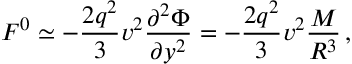
F ^ { 0 } \simeq - \frac { 2 q ^ { 2 } } 3 v ^ { 2 } \frac { \partial ^ { 2 } \Phi } { \partial y ^ { 2 } } = - \frac { 2 q ^ { 2 } } 3 v ^ { 2 } \frac { M } { R ^ { 3 } } \, ,